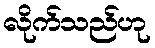
လိုက်သည်ဟု